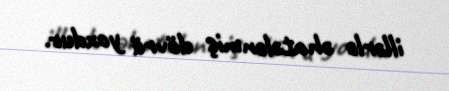
illərlə əhatələnmiş dövrü yoxdur.